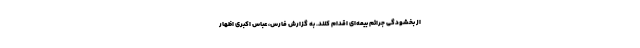
از بخشودگی جرائم بیمه‌ای اقدام کنند. به گزارش فارس، عباس اکبری اظهار